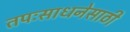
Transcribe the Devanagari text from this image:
तपःसाधनेसाठी